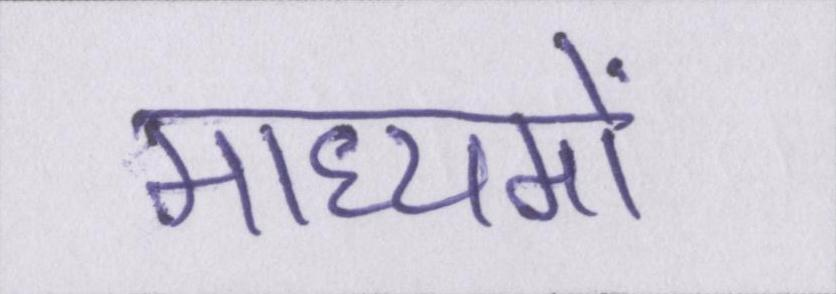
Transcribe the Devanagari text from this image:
माध्यमों